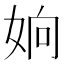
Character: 姠